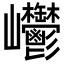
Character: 𡿥